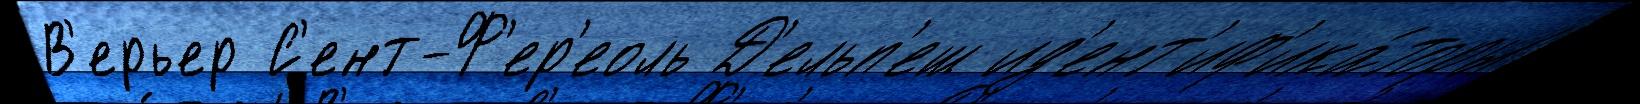
В'ерьер С'ент-Ф'ер'еоль Д'ельп'еш ид'ент'иф'ика́торы